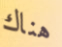
هناك